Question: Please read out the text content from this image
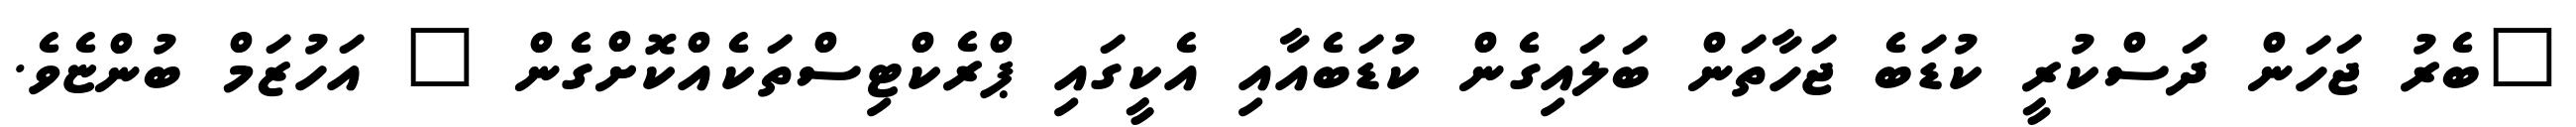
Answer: "ބެރު ޖަހަން ދަސްކުރީ ކުޑަބެ ޖަހާތަން ބަލައިގެން ކުޑަބެއާއި އެކީގައި ޕްރެކްޓިސްތަކެއްކޮށްގެން " އަހުޒަމް ބުންޏެވެ.